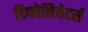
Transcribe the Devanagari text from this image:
डिफोलियेटर्स